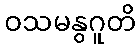
ဝသမနွဂူတိ